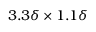
3 . 3 \delta \times 1 . 1 \delta